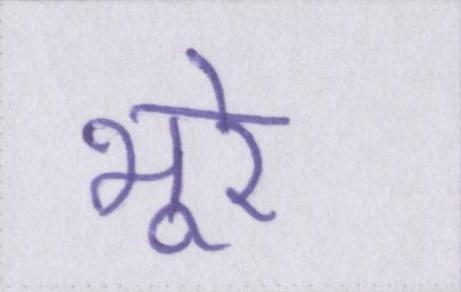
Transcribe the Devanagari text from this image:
भूरे